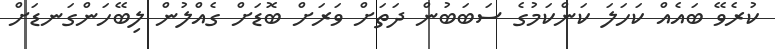
ކުރެވޭ ބައެއް ކަހަަލަ ކަންކަމުގެ ސަބަބުން ދަތަށް ވަރަށް ބޮޑަށް ގެއްލުން ލިބޭހަންގަނޑަށް